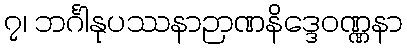
၇၊ ဘင်္ဂါနုပဿနာဉာဏနိဒ္ဒေဝဏ္ဏနာ